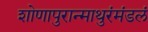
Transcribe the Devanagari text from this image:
शोणापुरान्माथुरंमंडलं